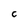
Character: C